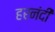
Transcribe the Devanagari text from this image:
हरनंदी